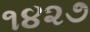
૧૪૨૭